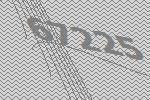
67225